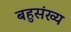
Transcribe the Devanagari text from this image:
बहुसंख्‍य